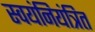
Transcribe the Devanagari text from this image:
स्वयंनियंत्रित